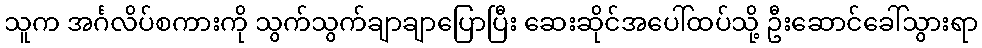
သူက အင်္ဂလိပ်စကားကို သွက်သွက်ချာချာပြောပြီး ဆေးဆိုင်အပေါ်ထပ်သို့ ဦးဆောင်ခေါ်သွားရာ